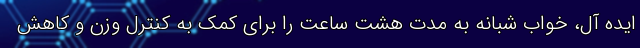
ایده آل، خواب شبانه به مدت هشت ساعت را برای کمک به کنترل وزن و کاهش